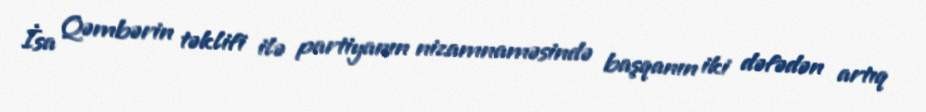
İsa Qəmbərin təklifi ilə partiyanın nizamnaməsində başqanın iki dəfədən artıq